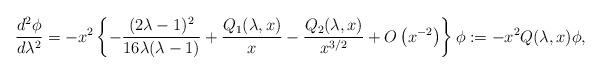
LaTeX: \begin{align*} \frac{d^2\phi}{d\lambda^2}=-x^2\left \{-\frac{(2\lambda-1)^2}{16\lambda(\lambda-1)}+\frac{Q_1(\lambda,x)}{x}-\frac{Q_2(\lambda,x)}{x^{3/2}}+O\left (x^{-2}\right )\right \}\phi:=-x^2Q(\lambda,x)\phi,\end{align*}